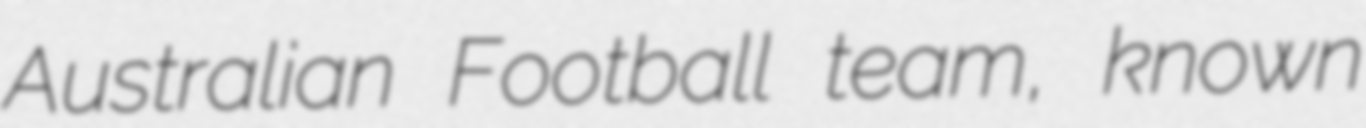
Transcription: Australian Football team, known